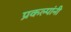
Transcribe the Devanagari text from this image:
प्रकल्पांनी